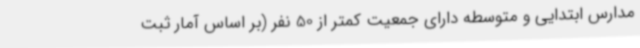
مدارس ابتدایی و متوسطه دارای جمعیت کمتر از 50 نفر (بر اساس آمار ثبت